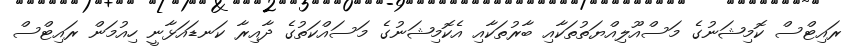
ރައިޓްސް ކޮމިޝަނުގެ މަސްއޫލިއްޔަތުތަކާއި ބާރުތަކާއި އެކޮމިޝަނުގެ މަސައްކަތުގެ ދާއިރާ ކަނޑައަޅާނީ ހިއުމަން ރައިޓްސް